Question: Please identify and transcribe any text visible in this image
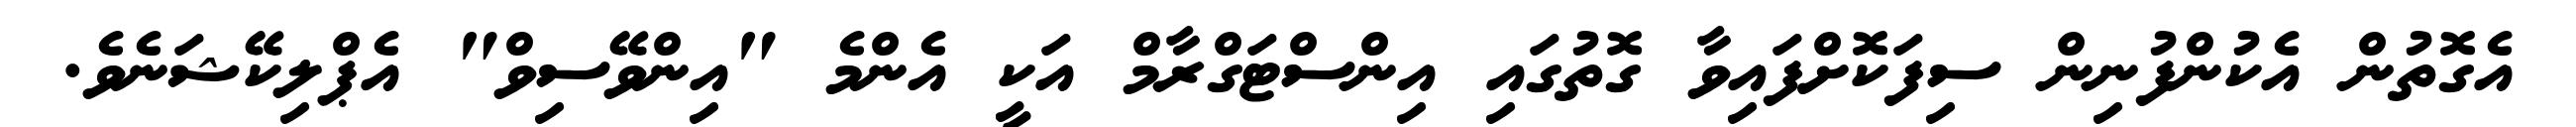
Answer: އެގޮތުން އެކުންފުނިން ސިފަކޮށްފައިވާ ގޮތުގައި އިންސްޓަގްރާމް އަކީ އެންމެ "އިންވޭސިވް" އެޕްލިކޭޝަނެވެ.